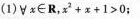
(1)∀x∈R，$$x ^ { 2 + x + 1 > 0$$；